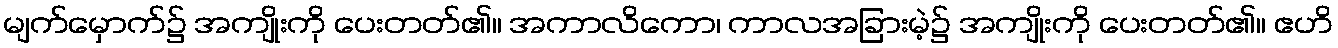
မျက်မှောက်၌ အကျိုးကို ပေးတတ်၏။ အကာလိကော၊ ကာလအခြားမဲ့၌ အကျိုးကို ပေးတတ်၏။ ဧဟိ